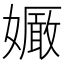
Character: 𡣜